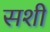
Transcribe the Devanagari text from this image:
सशी